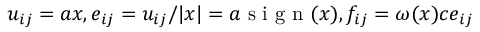
u _ { i j } = a x , e _ { i j } = u _ { i j } / | x | = a \mathrm { ~ s ~ i ~ g ~ n ~ } ( x ) , f _ { i j } = \omega ( x ) c e _ { i j }